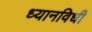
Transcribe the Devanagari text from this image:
ध्यानविधी